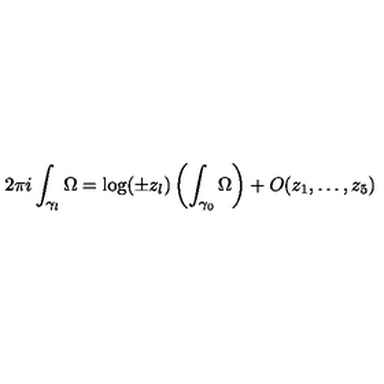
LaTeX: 2 \pi i \int _ { \gamma _ { l } } \Omega = \log ( \pm z _ { l } ) \left( \int _ { \gamma _ { 0 } } \Omega \right) + O ( z _ { 1 } , \dots , z _ { 5 } )